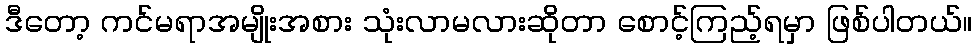
ဒီတော့ ကင်မရာအမျိုးအစား သုံးလာမလားဆိုတာ စောင့်ကြည့်ရမှာ ဖြစ်ပါတယ်။